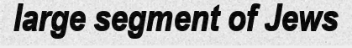
large segment of Jews